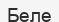
Беле